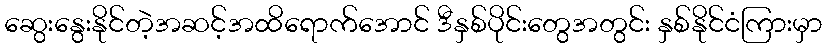
ဆွေးနွေးနိုင်တဲ့အဆင့်အထိရောက်အောင် ဒီနှစ်ပိုင်းတွေအတွင်း နှစ်နိုင်ငံကြားမှာ